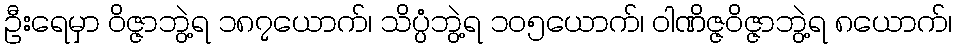
ဦးရေမှာ ဝိဇ္ဇာဘွဲ့ရ ၁၈၇ယောက်၊ သိပ္ပံဘွဲ့ရ ၁၀၅ယောက်၊ ဝါဏိဇ္ဇဝိဇ္ဇာဘွဲ့ရ ၈ယောက်၊